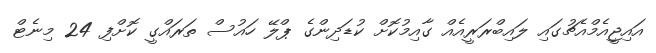
އައިޖީއެމްއެޗުގައި ލައިބްރަރީއެއް ގާއިމުކޮށް ކުޑަދިންގެ ޕްލޭ ހައުސް ތަރައްގީ ކޮށްފި 24 މިނެޓް